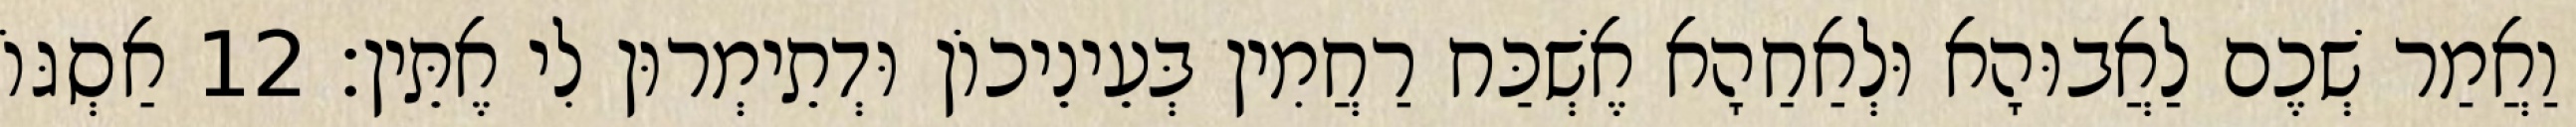
וַאֲמַר שְׁכֶם לַאֲבוּהָא וּלְאַחַהָא אֶשְׁכַּח רַחֲמִין בְּעֵינֵיכוֹן וּדְתֵימְרוּן לִי אֶתֵּין׃ 12 אַסְגּוֹ